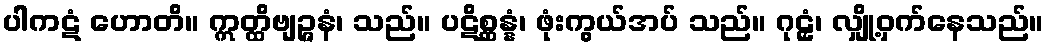
ပါကဋံ ဟောတိ။ ဣတ္ထိဗျဉ္ဇနံ၊ သည်။ ပဋိစ္ဆန္နံ၊ ဖုံးကွယ်အပ် သည်။ ဂုဠှံ၊ လျှို့ဝှက်နေသည်။